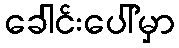
ခေါင်းပေါ်မှာ